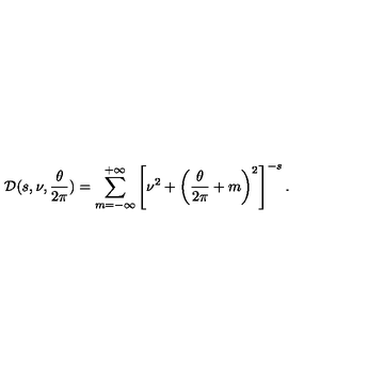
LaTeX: { \cal D } ( s , \nu , { \frac { \theta } { 2 \pi } } ) = \sum _ { m = - \infty } ^ { + \infty } \left[ \nu ^ { 2 } + \left( { \frac { \theta } { 2 \pi } } + m \right) ^ { 2 } \right] ^ { - s } .